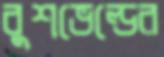
বুশভেল্ডের